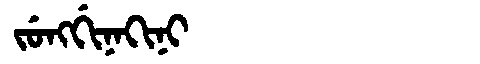
Manchu: ᠵᡠᠩᡤᡳᠨᠠᡴᡳᠨᡳ
Romanization: JUNGGINAKINI